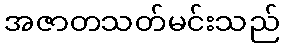
အဇာတသတ်မင်းသည်